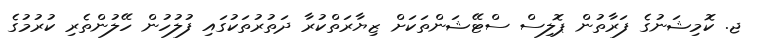
ޖ. ކޮމިޝަނުގެ ފަރާތުން ޕޮލިސް ސްޓޭޝަންތަކަށް ޒިޔާރަތްކުރާ ދަތުރުތަކުގައި ފުލުހުން ހޭލުންތެރި ކުރުމުގެ